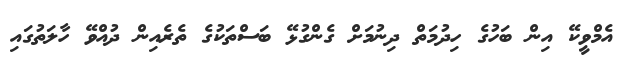
އެމްވީކޭ އިން ބަހުގެ ހިދުމަތް ދިނުމަށް ގެންގުޅޭ ބަސްތަކުގެ ތެރެއިން ދުއްވޭ ހާލަތުގައި